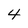
Character: 4